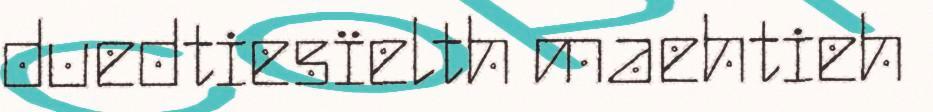
duedtiesïelth maehtieh